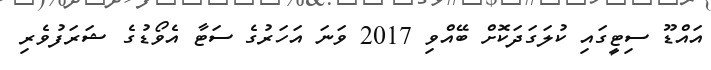
އައްޑޫ ސިޓީގައި ކުލަގަދަކޮށް ބޭއްވި 2017 ވަނަ އަހަރުގެ ސަޓާ އެވޯޑުގެ ޝަރަފުވެރި